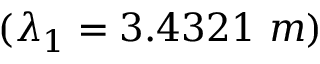
( \lambda _ { 1 } = 3 . 4 3 2 1 ~ m )